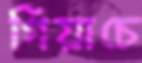
গিয়াচে